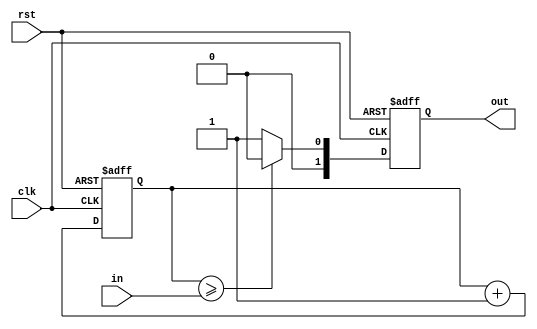
module pwm_generator #(parameter N=8, gtype=0)
(
	input rst,
	input clk,
	input [N-1:0]in,
	output reg [1:0]out
);


//  
reg [N-1-gtype:0]count;
always @(posedge clk, posedge rst)
if(rst)
	count <= 0;
else
	count <= count + 1;


always @(posedge clk, posedge rst)
if(rst)
	begin
		out <= 0;
	end
else
	begin
	if(gtype == 0)
		begin
		if(count >= in)
			out <= 0;
		else
			out <= 1;
		end
	else
		begin
		out[1] <= in[N-1];
		if((count > ~in[N-2:0]) & in[N-1])
			out[0] <= 0;
		else if((count >= in[N-2:0]) & ~in[N-1])
			out[0] <= 0;
		else
			out[0] <= 1;
		end
	end
endmodule